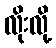
လိုးလို့